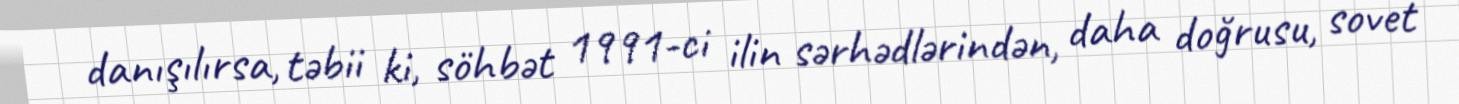
danışılırsa, təbii ki, söhbət 1991-ci ilin sərhədlərindən, daha doğrusu, sovet